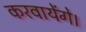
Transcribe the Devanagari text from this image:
करवायेंगे।